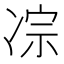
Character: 𪞥